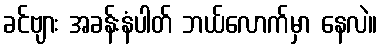
ခင်ဗျား အခန်းနံပါတ် ဘယ်လောက်မှာ နေလဲ။